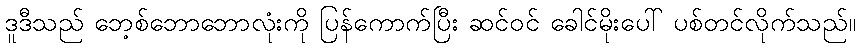
ဒူဒီသည် ဘေ့စ်ဘောဘောလုံးကို ပြန်ကောက်ပြီး ဆင်ဝင် ခေါင်မိုးပေါ် ပစ်တင်လိုက်သည်။